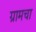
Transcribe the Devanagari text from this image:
ग्रामचा